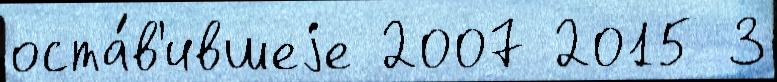
оста́в'ившеjе 2007 2015 3